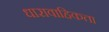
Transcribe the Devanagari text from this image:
धारावाहिकता